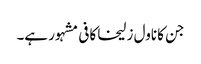
جن کا ناول زلیخا کافی مشہور ہے۔